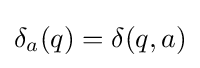
\delta _{a}(q)=\delta (q,a)